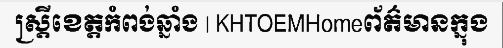
ស្ត្រីខេត្តកំពង់ឆ្នាំង | KHTOEMHomeព័ត៌មានក្នុង